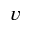
v